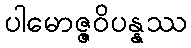
ပါမောဇ္ဇဝိပန္နဿ